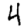
Digit: 4